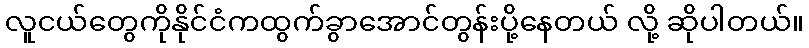
လူငယ်တွေကိုနိုင်ငံကထွက်ခွာအောင်တွန်းပို့နေတယ် လို့ ဆိုပါတယ်။